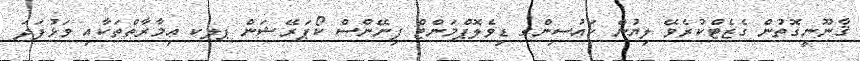
ޤާނޫނީގޮތުން ގެޒެޓްކުރެވޭ ލިޔުން ހައުސިންގ ޑިވެލޮޕްމަންޓް ފިނޭންސް ކޯޕަރޭޝަން ޕލކ ޢިމާރާތްތަކާއި ވަޅުފަދަ